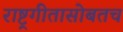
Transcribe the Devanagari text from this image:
राष्ट्रगीतासोबतच